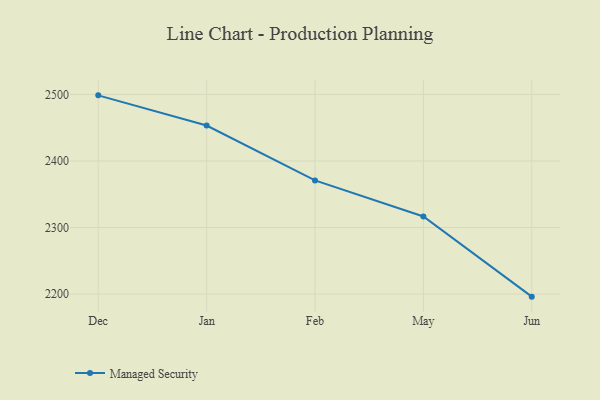
{"axis": {"x": "Month", "y": "Temperature (°C)"}, "legend": ["Managed Security"], "data": [{"x": "Dec", "y": 2498.7, "type": "Managed Security"}, {"x": "Jan", "y": 2453.4, "type": "Managed Security"}, {"x": "Feb", "y": 2370.8, "type": "Managed Security"}, {"x": "May", "y": 2316.6, "type": "Managed Security"}, {"x": "Jun", "y": 2196.1, "type": "Managed Security"}]}